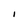
Character: I